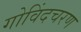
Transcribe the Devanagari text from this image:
गोविंदचरण